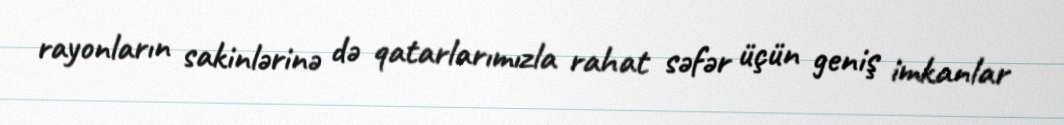
rayonların sakinlərinə də qatarlarımızla rahat səfər üçün geniş imkanlar